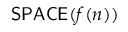
{ \mathsf { S P A C E } } ( f ( n ) )